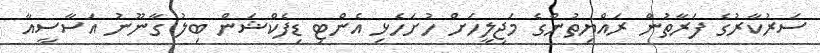
ސަރުކާރުގެ ފަރާތުން ރައްޔިތުންގެ މަޖިލީހަށް ހުށަހެޅި އެންޓި ޑިފެކްޝަން ބިލު ގާނޫނު އަސާސީއާ